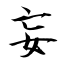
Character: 妄